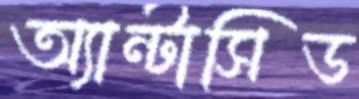
অ্যান্টাসিড